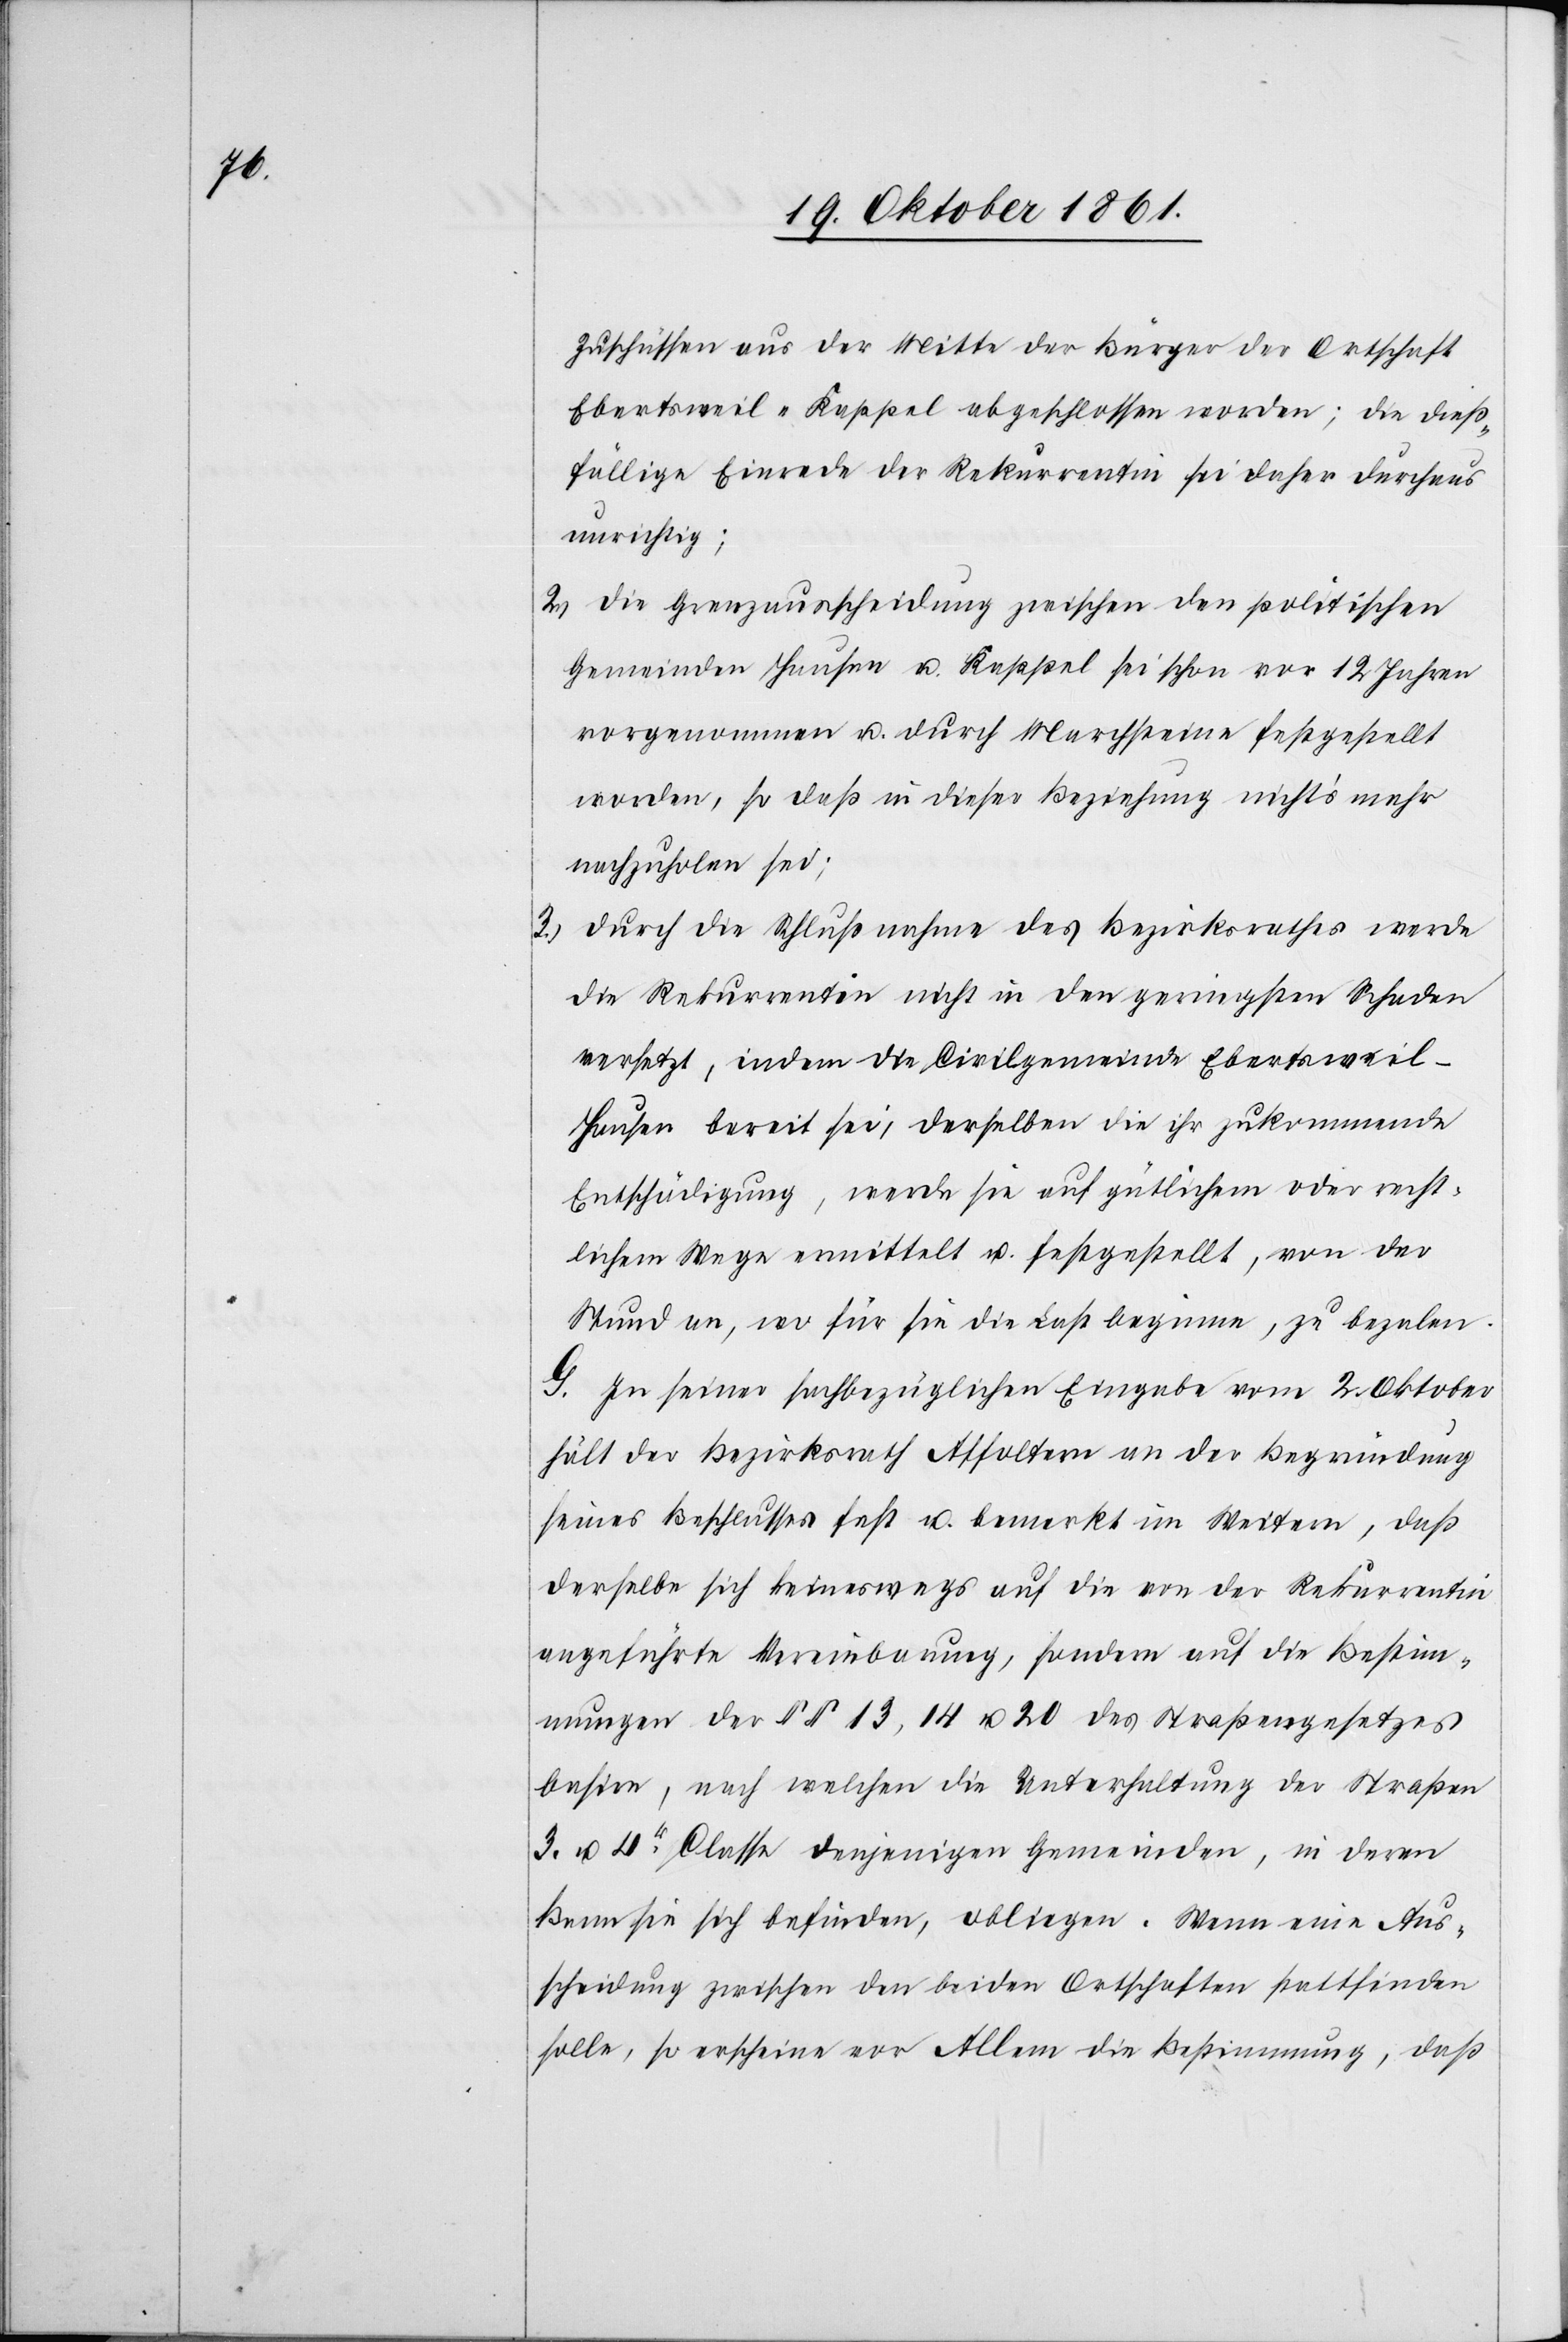
Zuschriften aus der Mitte der Bürger der Ortschaft
Ebertsweil-Kappel abgeschlossen worden; die dieß¬
fällige Einrede der Rekurrentin sei daher durchaus
unrichtig;
2. Die Grenzausscheidung zwischen den politischen
Gemeinden Hausen u. Kappel sei schon vor 12 Jahren
vorgenommen u. durch Marchsteine festgestellt
worden, so daß in dieser Beziehung nichts mehr
nachzuholen sei;
3.) Durch die Schlußnahme des Bezirksrathes werde
die Rekurrentin nicht in den geringsten Schaden
versetzt, indem die Civilgemeinde Ebertsweil-H¬
ausen bereit sei, derselben die ihr zukommende
Entschädigung, werde sie auf gütlichem oder recht¬
lichem Wege ermittelt u. festgestellt, von der
Stund an, wo für sie die Last beginne, zu bezalen.
G. In seiner sachbezüglichen Eingabe vom 2 Oktober
hält der Bezirksrath Affoltern an der Begründung
seines Beschlusses fest u. bemerkt im Weitern, daß
derselbe sich keineswegs auf die von der Rekurrentin
angeführte Vereinbarung, sondern auf die Bestim¬
mungen der §§ 13, 14 u. 20 des Straßengesetzes
basire, nach welchen die Unterhaltung der Straßen
3. u. 4r Classe denjenigen Gemeinden, in deren
Bann sie sich befinden, obliegen. Wenn eine Aus¬
scheidung zwischen den beiden Ortschaften stattfinden
solle, so erscheine vor Allem die Bestimmung, daß